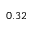
0 . 3 2